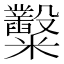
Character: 糳